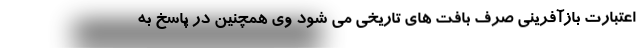
اعتبارت بازآفرینی صرف بافت های تاریخی می شود وی همچنین در پاسخ به